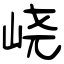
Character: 峣